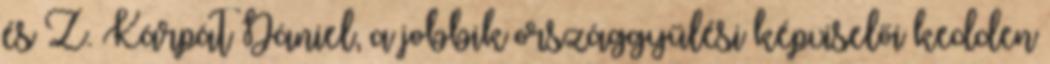
és Z. Kárpát Dániel, a jobbik országgyűlési képviselői kedden